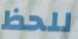
للحظ